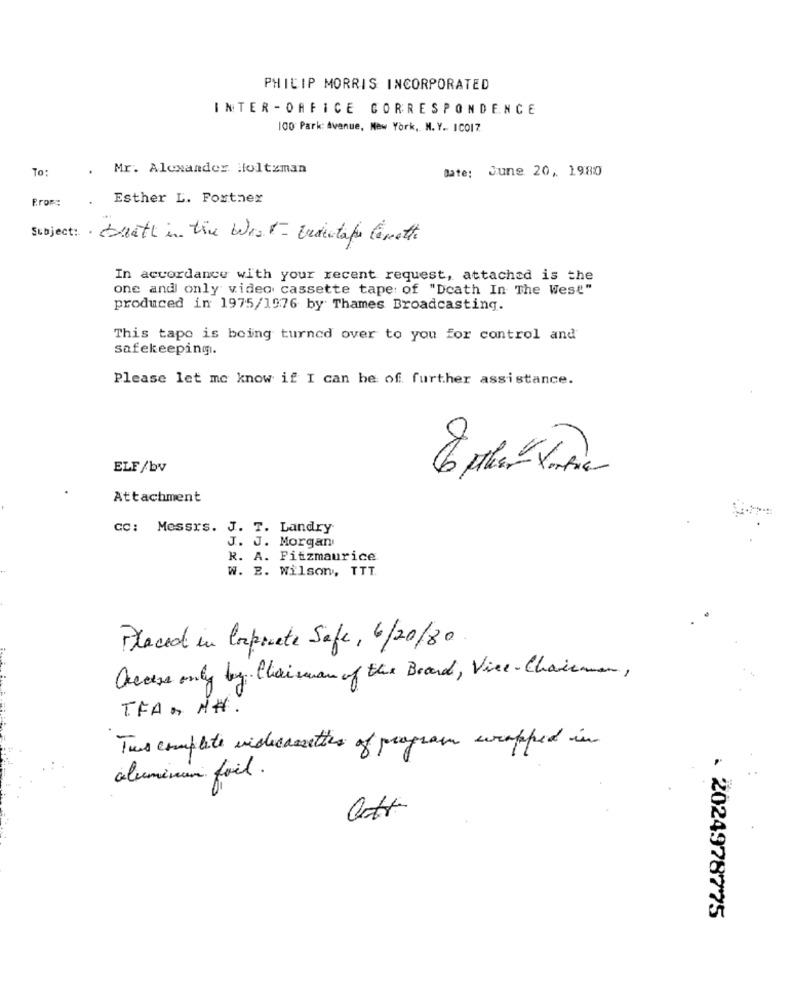
PHILIP MORRIS INCORPORATED
INTER -OFFICE CORRESPONDENCE
100 Park: Avenue, New York, N.Y. ICO17.
To:
. Mr. Alexander Holtzman
Date: June 20, 1980
From:
Esther L. Fostnex
Subject: Bratt in the West- Undentape levette
In accordance with your recent request, attached is the
one and only video cassette tape of "Death In The West"
produced in 1975/1976 by Thames Broadcasting.
This tape is being turned over to you for control and
safekeeping.
Please let me know if I can be of further assistance.
ELF/bv
Attachment
CC: Messrs. J. T. Landry
J. J. Morgan
R. A. Fitzmaurice
W. B. Wilson, TTT.
Placed in Corporate Safe, 6/20/80
Grease only by Chairman of the Board, Vice- Chairman,
TFAM M#.
This complete vistecassettes of program wrapped in
aluminium foil.
. 2024978775